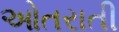
ઓતરાતી